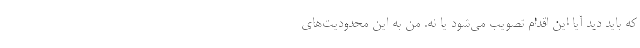
که باید دید آیا این اقدام تصویب می‌شود یا نه. من به این محدودیت‌های